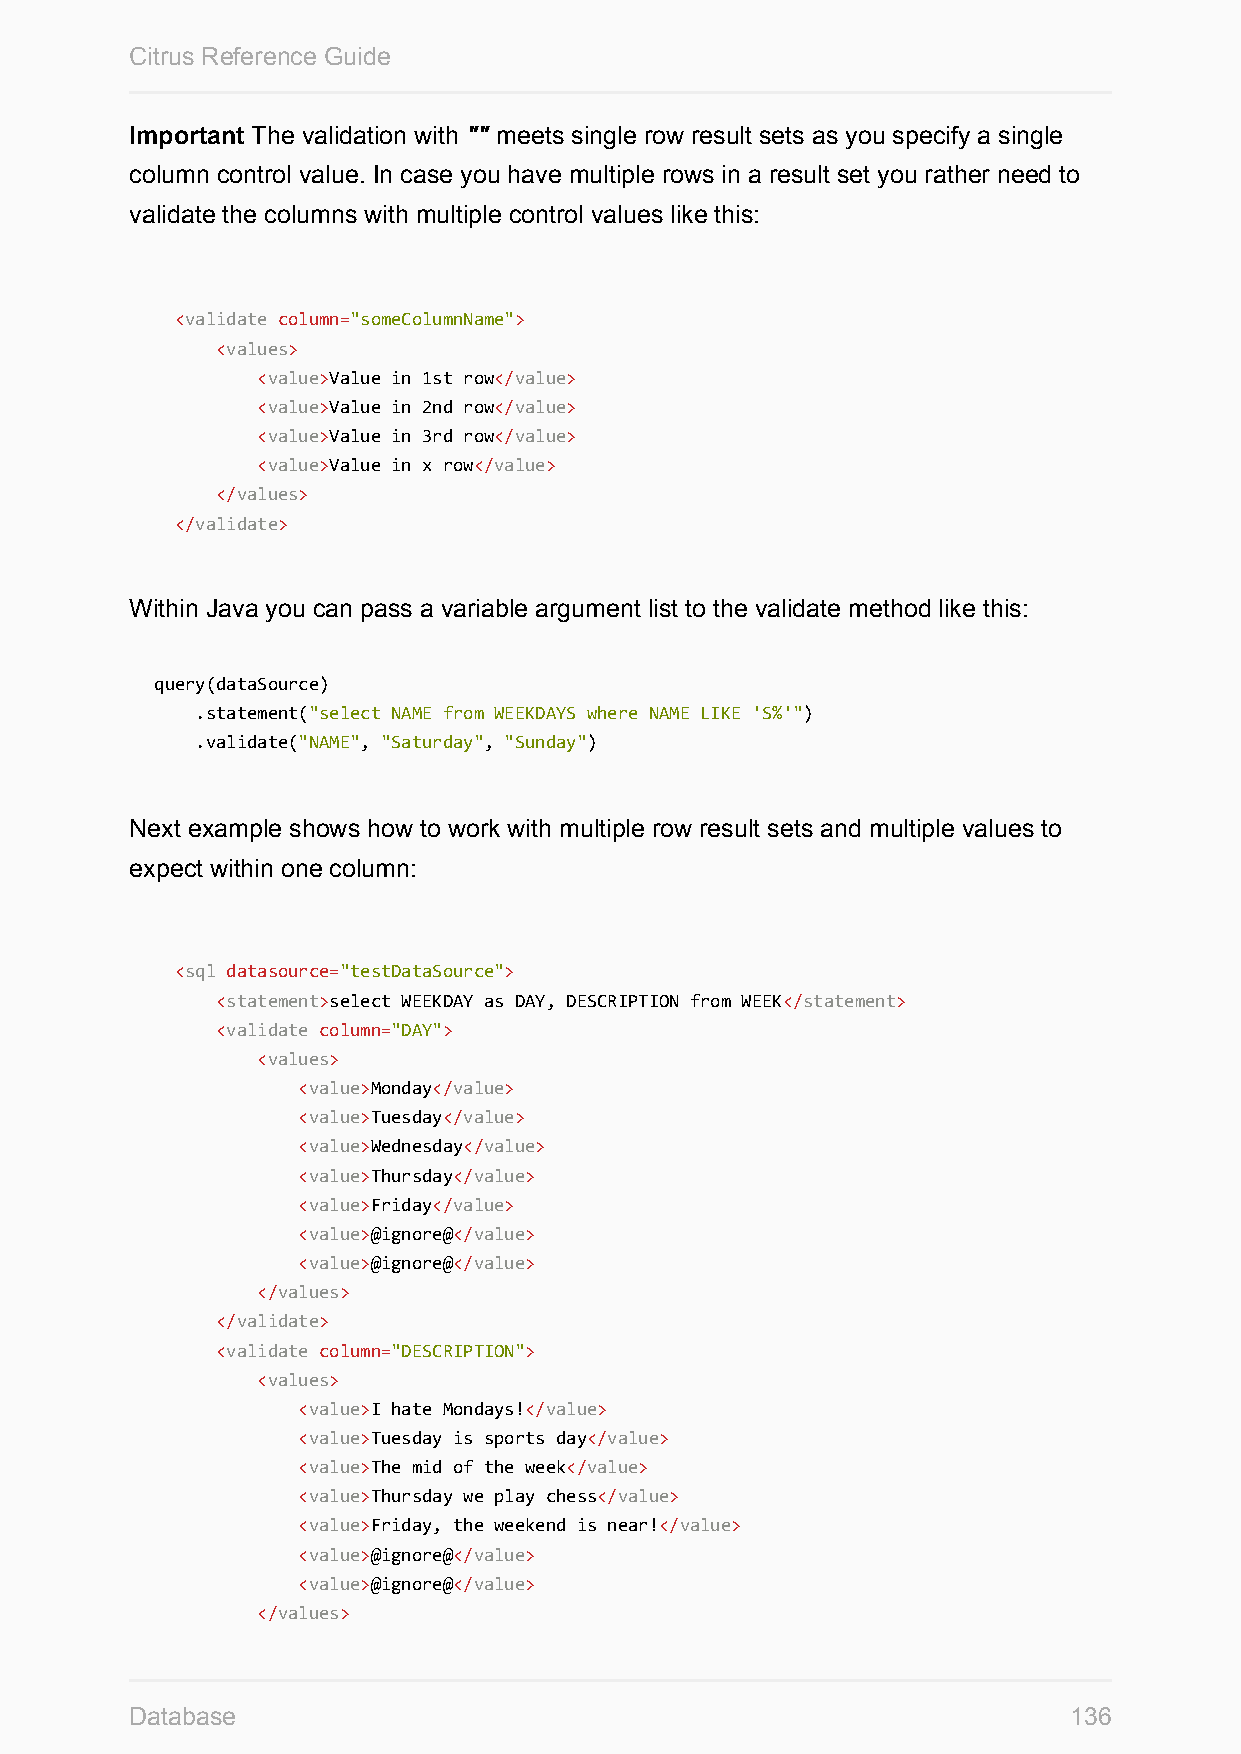
Citrus Reference Guide
 Important The validation with "" meets single row result sets as you specify a single
 column control value. In case you have multiple rows in a result set you rather need to
 validate the columns with multiple control values like this:
 <validate column="someColumnName">
 <values>
 <value>Value in 1st row</value>
 <value>Value in 2nd row</value>
 <value>Value in 3rd row</value>
 <value>Value in x row</value>
 </values>
 </validate>
 Within Java you can pass a variable argument list to the validate method like this:
 query(dataSource)
 .statement("select NAME from WEEKDAYS where NAME LIKE 'S%'")
 .validate("NAME", "Saturday", "Sunday")
 Next example shows how to work with multiple row result sets and multiple values to
 expect within one column:
 <sql datasource="testDataSource">
 <statement>select WEEKDAY as DAY, DESCRIPTION from WEEK</statement>
 <validate column="DAY">
 <values>
 <value>Monday</value>
 <value>Tuesday</value>
 <value>Wednesday</value>
 <value>Thursday</value>
 <value>Friday</value>
 <value>@ignore@</value>
 <value>@ignore@</value>
 </values>
 </validate>
 <validate column="DESCRIPTION">
 <values>
 <value>I hate Mondays!</value>
 <value>Tuesday is sports day</value>
 <value>The mid of the week</value>
 <value>Thursday we play chess</value>
 <value>Friday, the weekend is near!</value>
 <value>@ignore@</value>
 <value>@ignore@</value>
 </values>
 Database                                                      136